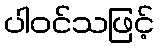
ပါဝင်သဖြင့်